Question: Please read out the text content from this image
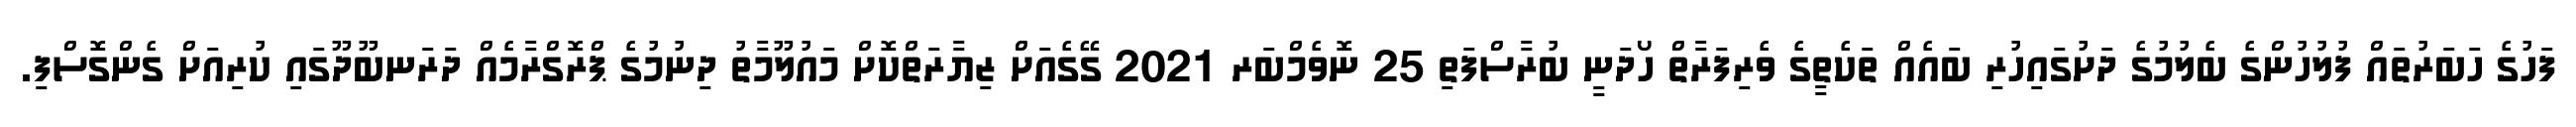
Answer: ފަހުގެ ހަބަރުތައް ފުލުހުންގެ ބެލުމުގެ ދަށުގައިހުރި ބައެއް ތަކެތީގެ ވެރިފަރާތް ހޯދަނީ ބުރާސްފަތި 25 ނޮވެމްބަރ 2021 ގޭގެއަށް ޒިޔާރަތްކޮށް މައުލޫމާތު ދިނުމުގެ ޕްރޮގްރާމެއް ދަރަނބޫދޫގައި ކުރިއަށް ގެންގޮސްފި.